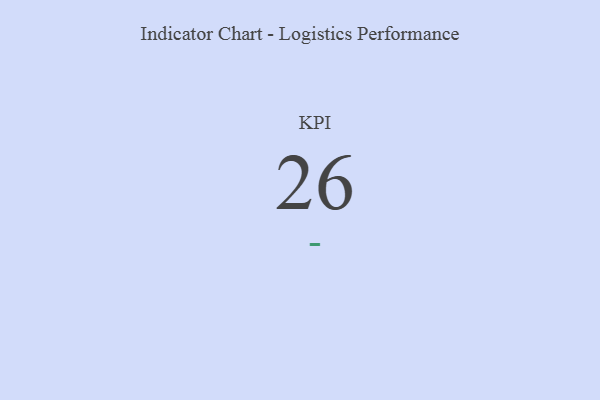
{"axis": {"x": "KPI", "y": "Value"}, "legend": [""], "data": [{"x": "KPI", "y": 26, "type": ""}]}